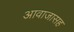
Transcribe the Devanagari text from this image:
आवाजासह